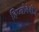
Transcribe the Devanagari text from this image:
हिप्नोबेबीज